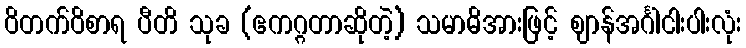
ဝိတက်ဝိစာရ ပီတိ သုခ (ဧကဂ္ဂတာဆိုတဲ့) သမာဓိအားဖြင့် ဈာန်အင်္ဂါငါးပါးလုံး